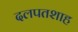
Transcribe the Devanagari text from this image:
दलपतशाह